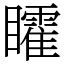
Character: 矐